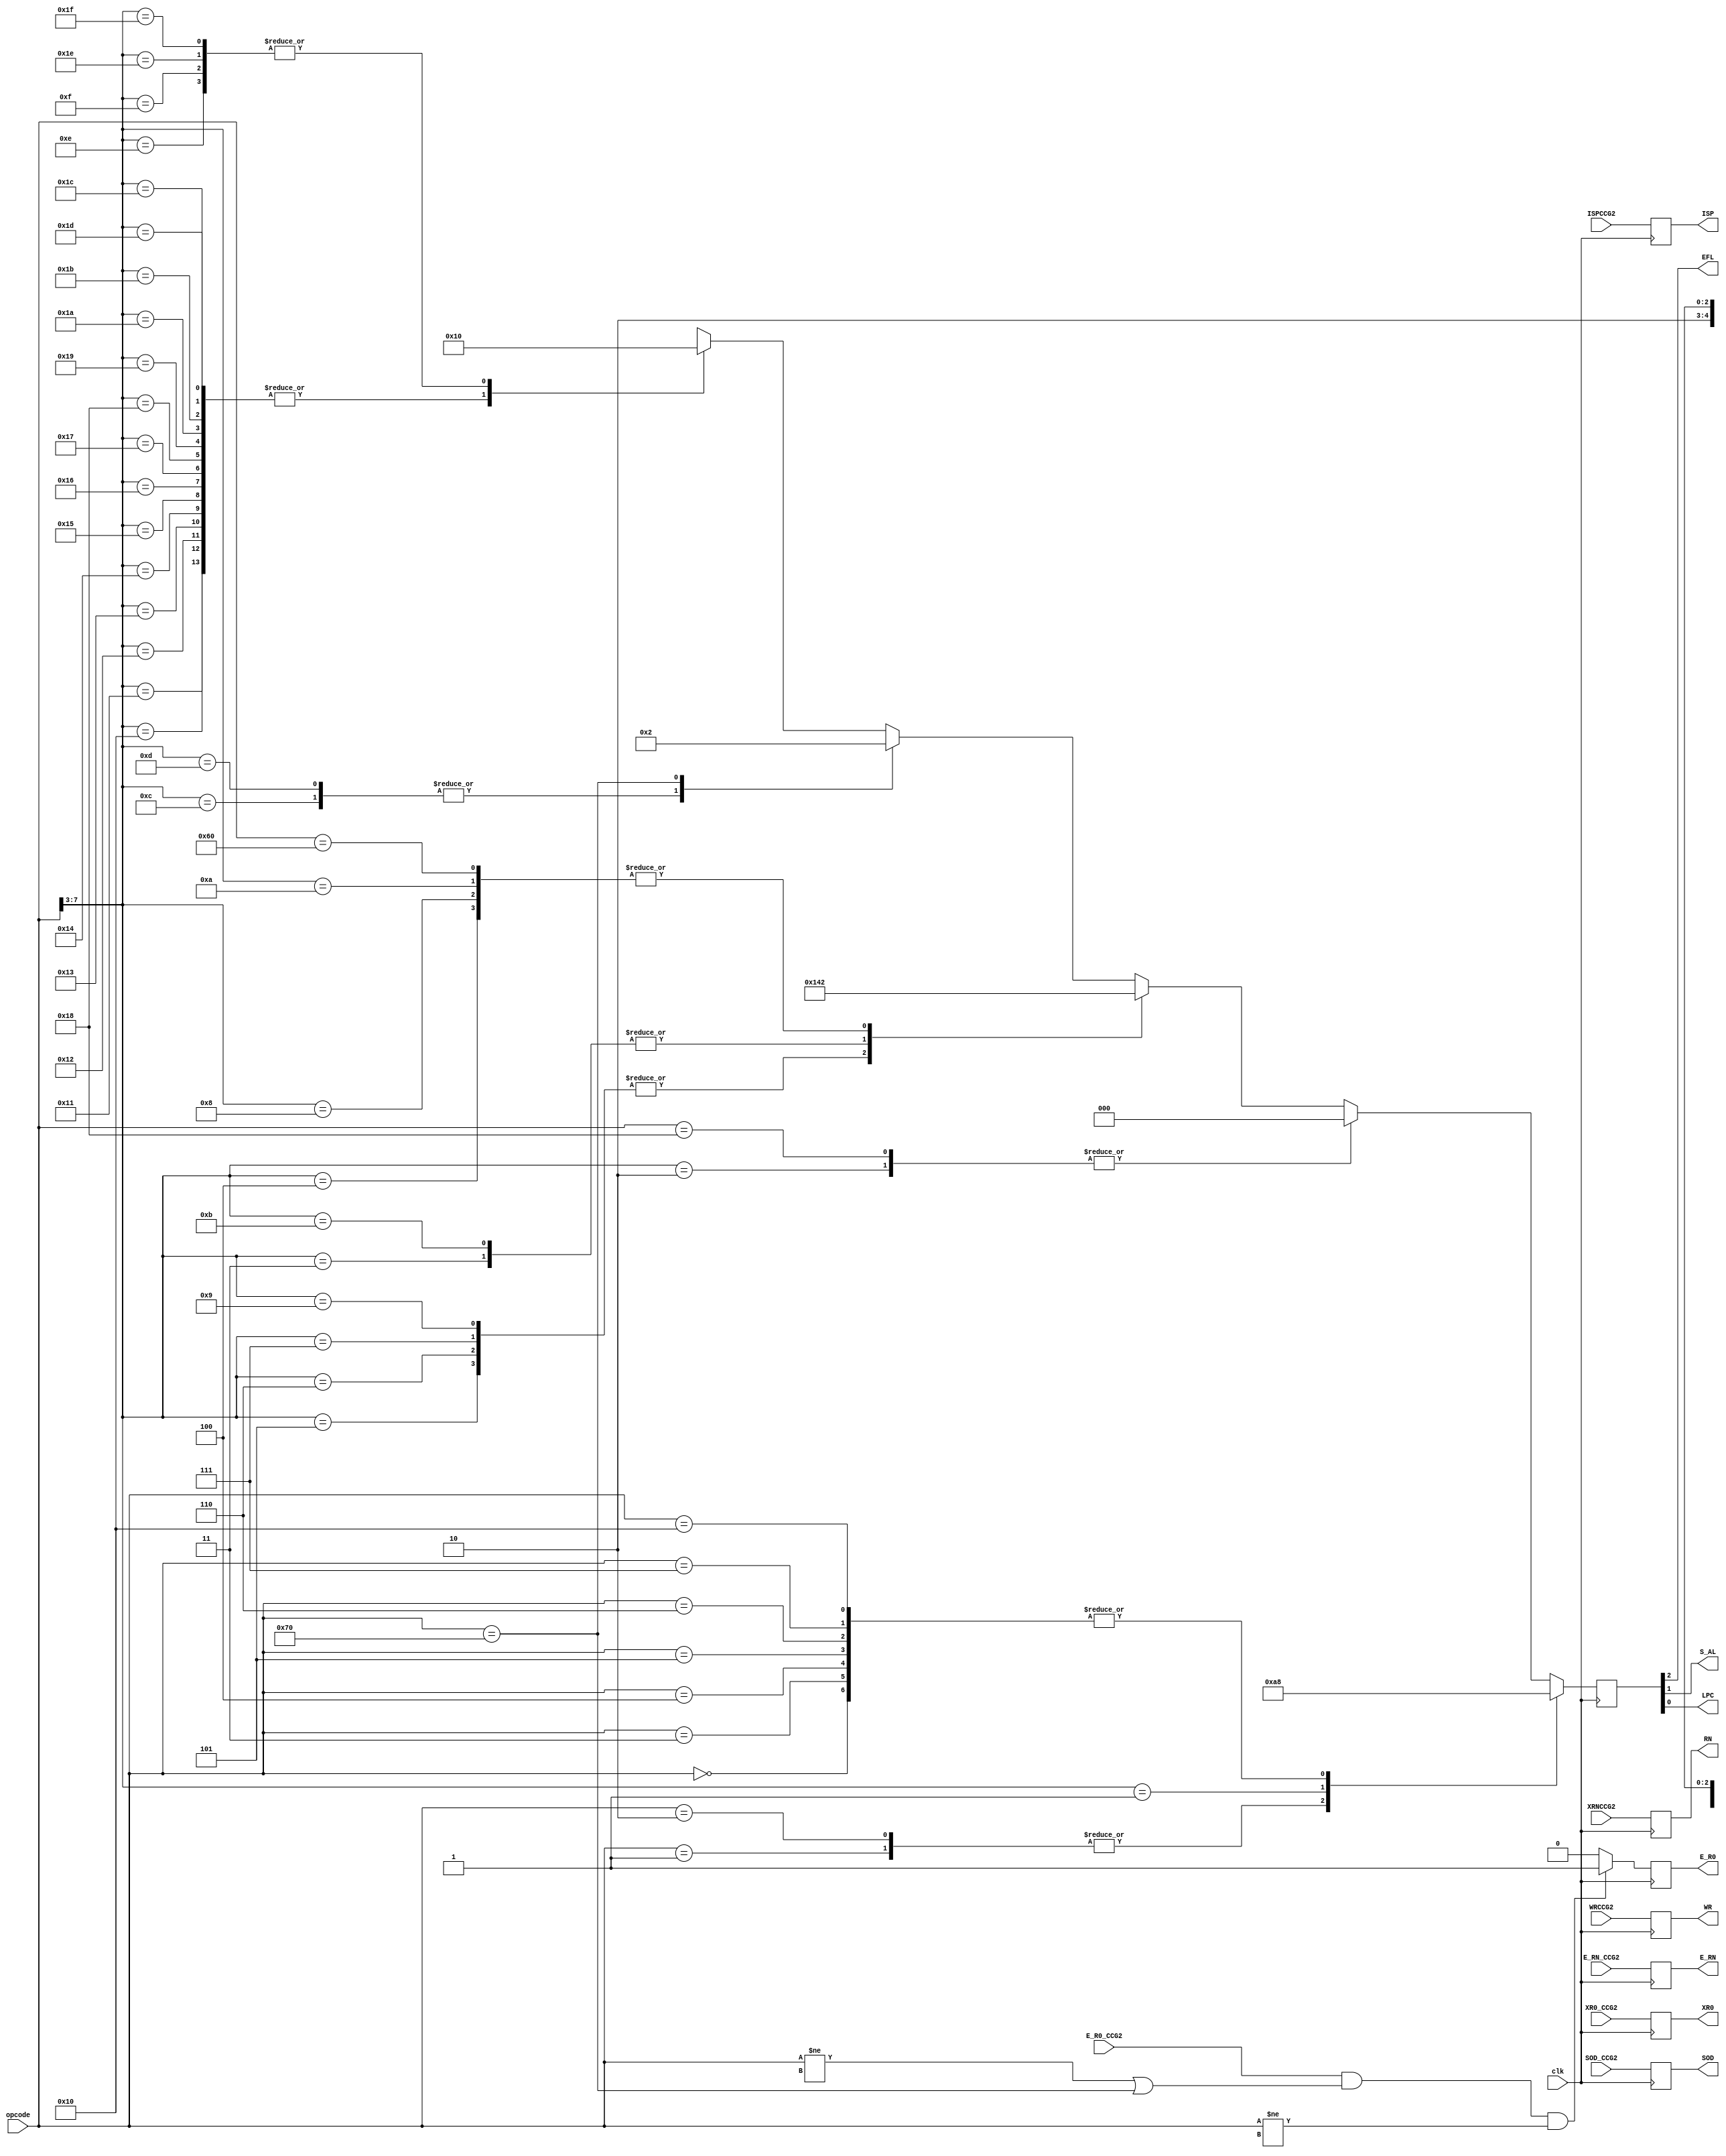
module ControlCodeGenerator3(
    input clk,          //System wide clock
    input [7:0]opcode,  //opcode from opcode buffer
    input E_R0_CCG2,    //Enable R0 from second stage
    input E_RN_CCG2,    //Enable RN from second stage
    input XR0_CCG2,     //Load R0 from 4th stage :: from CCG2
    input SOD_CCG2,     //Select OD from 2nd stage
    input WRCCG2,
    input XRNCCG2,
    input ISPCCG2,
        //output BB3,       // DELETE - DUPLICATE SIGNAL  //Hold the first stage :: same as EFL
    output reg RN,
    output reg E_R0,    //Enable R0 :: passing it through from CCG2
    output reg E_RN,    //Enable RN :: passing it through from CCG2
    output reg XR0,     //Load R0 from 4th stage :: passing it through from CCG2
    output reg SOD,     //Select OD :: passing it through from CCG2111
    output reg WR,
    output reg ISP,
    output EFL,         //Enable Flag :: same as BB3
    output S_AL,        //Select ALU Output to go to 4th stage
    output LPC          //Load PC
    );
    reg [2:0] controlBits; // 3-2 BB3
    
    initial begin   
        controlBits = 0;
        E_R0 = 0;
        E_RN = 0;
        XR0  = 0;
        SOD = 0; 
        WR = 0;
        RN = 0;
        ISP = 0;
    end
    

    // assign {EFL,/*BB3,*/S_AL,LPC} = controlBits;
    assign {EFL,S_AL,LPC} = controlBits;
    
    always @(posedge clk) begin
        RN = XRNCCG2;
        WR = WRCCG2;
        XR0 = XR0_CCG2;
        SOD=SOD_CCG2;
        E_RN = E_RN_CCG2;
        ISP = ISPCCG2;
    end

    always@(posedge clk) begin
        if(E_R0_CCG2 && (opcode!= 8'b0111_0xxx || opcode == 8'b0111_0000) && opcode!=8'b0001_0xxx)
            E_R0 = 1;
        else
            E_R0 = 0;
    end

        
    always@(posedge clk) begin
        casex(opcode) 
            8'b0000_0000 : controlBits = 3'b000;   // 0 - BB3 : NOP
            8'b0000_0001 : controlBits = 3'b010;   // 0 - BB3 : CLR
            8'b0000_0010 : controlBits = 3'b010;   // 0 - BB3 : CLC
            8'b0000_0011 : controlBits = 3'b000;   // 0 - BB3 : JUD <od>
            8'b0000_0100 : controlBits = 3'b000;   // 0 - BB3 : JUA
            8'b0000_0101 : controlBits = 3'b000;   // 0 - BB3 : CUD <od>
            8'b0000_0110 : controlBits = 3'b000;   // 0 - BB3 : CUA
            8'b0000_0111 : controlBits = 3'b000;   // 0 - BB3 : RTU
            8'b0000_1xxx : controlBits = 3'b101;   // 1 - BB3 : JCD <fl><od>
            8'b0001_0000 : controlBits = 3'b000;   // 0 - BB3 : LSP
            8'b0001_0xxx : controlBits = 3'b000;   // 0 - BB3 : MVD <rn>*
            8'b0001_1000 : controlBits = 3'b000;   // 0 - BB3 : RSP
            8'b0001_1xxx : controlBits = 3'b000;   // 0 - BB3 : MVS <rn>*
            8'b0010_0xxx : controlBits = 3'b010;   // 0 - BB3 : NOT <rn>
            8'b0010_1xxx : controlBits = 3'b101;   // 1 - BB3 : JCA <fl>
            8'b0011_0xxx : controlBits = 3'b101;   // 1 - BB3 : CCD <fl><od>
            8'b0011_1xxx : controlBits = 3'b101;   // 1 - BB3 : CCA <fl>
            8'b0100_0xxx : controlBits = 3'b010;   // 0 - BB3 : INC <rn>
            8'b0100_1xxx : controlBits = 3'b101;   // 1 - BB3 : RTC <fl>
            8'b0101_0xxx : controlBits = 3'b010;   // 0 - BB3 : DCR <rn>
            8'b0101_1xxx : controlBits = 3'b000;   // 0 - BB3 : MVI <rn><od>
            8'b0110_0000 : controlBits = 3'b010;   // 0 - BB3 : RLA
            8'b0110_0xxx : controlBits = 3'b000;   // 0 - BB3 : STA <rn>*
            8'b0110_1xxx : controlBits = 3'b000;   // 0 - BB3 : PSH <rn>
            8'b0111_0000 : controlBits = 3'b010;   // 0 - BB3 : RRA
            8'b0111_0xxx : controlBits = 3'b000;   // 0 - BB3 : LDA <rn>*
            8'b0111_1xxx : controlBits = 3'b000;   // 0 - BB3 : POP <rn>
            8'b1000_0xxx : controlBits = 3'b010;   // 0 - BB3 : ADA <rn>
            8'b1000_1xxx : controlBits = 3'b010;   // 0 - BB3 : ADI <rn><od>
            8'b1001_0xxx : controlBits = 3'b010;   // 0 - BB3 : SBA <rn>
            8'b1001_1xxx : controlBits = 3'b010;   // 0 - BB3 : SBI <rn><od>
            8'b1010_0xxx : controlBits = 3'b010;   // 0 - BB3 : ACA <rn>
            8'b1010_1xxx : controlBits = 3'b010;   // 0 - BB3 : ACI <rn><od>
            8'b1011_0xxx : controlBits = 3'b010;   // 0 - BB3 : SCA <rn>
            8'b1011_1xxx : controlBits = 3'b010;   // 0 - BB3 : SCI <rn><od>
            8'b1100_0xxx : controlBits = 3'b010;   // 0 - BB3 : ANA <rn>
            8'b1100_1xxx : controlBits = 3'b010;   // 0 - BB3 : ANI <rn><od>
            8'b1101_0xxx : controlBits = 3'b010;   // 0 - BB3 : ORA <rn>
            8'b1101_1xxx : controlBits = 3'b010;   // 0 - BB3 : ORI <rn><od>
            8'b1110_0xxx : controlBits = 3'b010;   // 0 - BB3 : XRA <rn>
            8'b1110_1xxx : controlBits = 3'b010;   // 0 - BB3 : XRI <rn><od>
            8'b1111_0xxx : controlBits = 3'b000;   // 0 - BB3 : INA <pn>
            8'b1111_1xxx : controlBits = 3'b000;   // 0 - BB3 : OUT <pn>
        endcase
    end
endmodule